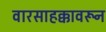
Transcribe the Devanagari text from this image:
वारसाहक्कावरून